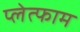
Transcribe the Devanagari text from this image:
प्लेत्फाम